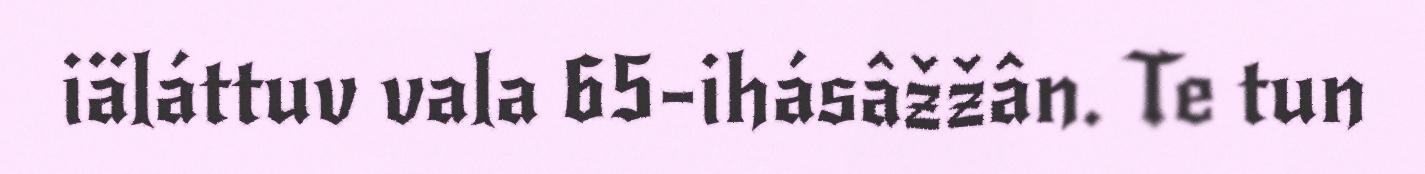
iäláttuv vala 65-ihásâžžân. Te tun